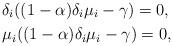
LaTeX: \begin{align*} &\delta_i((1-\alpha)\delta_i\mu_i - \gamma)=0,\\ &\mu_i((1-\alpha)\delta_i\mu_i - \gamma)=0,\end{align*}